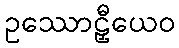
ဥဿောဠှီယေဝ